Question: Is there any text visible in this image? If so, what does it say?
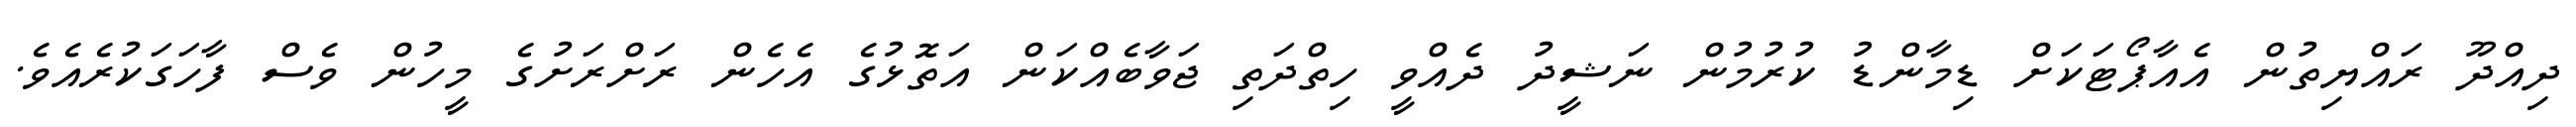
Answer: ދިއްދޫ ރައްޔިތުން އެއާޕޯޓަކަށް ޑިމާންޑު ކުރުމުން ނަޝީދު ދެއްވީ ހިތްދަތި ޖަވާބެއްކަން އަތޮޅުގެ އެހެން ރަށްރަށުގެ މީހުން ވެސް ފާހަގަކުރެއެވެ.